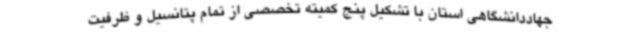
جهاددانشگاهی استان با تشکیل پنج کمیته تخصصی از تمام پتانسیل و ظرفیت